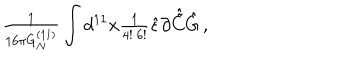
LaTeX: { \textstyle \frac { 1 } { 1 6 \pi G _ { N } ^ { ( 1 1 ) } } } \int d ^ { 1 1 } x { \textstyle \frac { 1 } { 4 ! \cdot 6 ! } } \hat { \epsilon } \partial \hat { \tilde { C } } \hat { G } \, ,